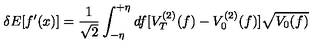
\delta E [ f ^ { \prime } ( x ) ] = { \frac { 1 } { \sqrt { 2 } } } \int _ { - \eta } ^ { + \eta } d f [ V _ { T } ^ { ( 2 ) } ( f ) - V _ { 0 } ^ { ( 2 ) } ( f ) ] \sqrt { V _ { 0 } ( f ) }